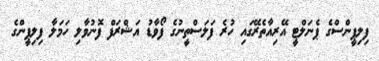
ފިލިޕީންސްގެ ޕެނަލްޓީ އޭރިއާތެރޭގައި ހުރެ ފަލަސްތީނުގެ ފޯވާޑު އަޝްރަފް ފޮނުވާލި ހަމަލާ ފިލިޕީންގެ